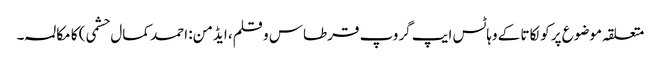
متعلقہ موضوع پر کولکاتا کے وہاٹس ایپ گروپ قرطاس و قلم، ایڈمن: احمد کمال حشمی) کا مکالمہ۔